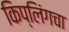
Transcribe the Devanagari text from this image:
किप्लिंगचा